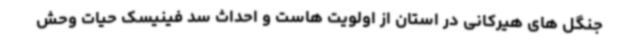
جنگل های هیرکانی در استان از اولویت هاست و احداث سد فینیسک حیات وحش